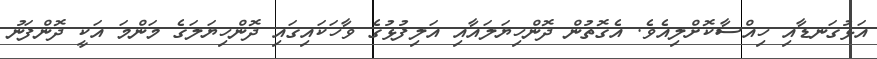
އަޅުގަނޑާއި ހިއްސާކޮށްލިއެވެ. އެގޮތުން ދޮންހިޔަލައާއި އަލިފުޅުގެ ވާހަކައިގައި ދޮންހިޔަލަގެ މަންމަ އަކީ ދޮންފަނު